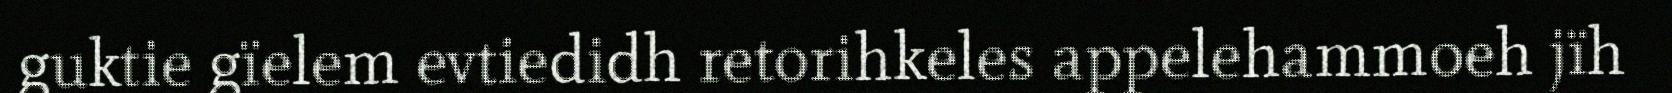
guktie gïelem evtiedidh retorihkeles appelehammoeh jïh